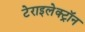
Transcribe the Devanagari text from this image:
टेराइलेक्ट्रॉन